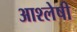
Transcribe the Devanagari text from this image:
आश्लेषी